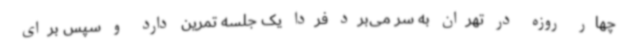
چهار روزه در تهران به سر می‌برد فردا یک جلسه تمرین دارد و سپس برای